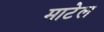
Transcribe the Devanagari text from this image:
माटेल